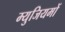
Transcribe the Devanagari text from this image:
म्युजियमों